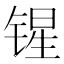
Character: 𰾝